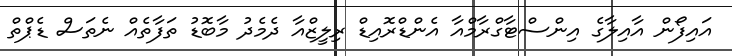
އައިފޯން އާއިލާގެ އިންސްޓާގްރާމްއާ އެންޑްރޮއިޑް ރިލީޒްއާ ދެމެދު މާބޮޑު ތަފާތެއް ނެތަސް ޑެޕްތް